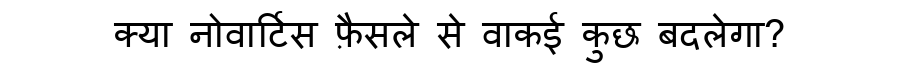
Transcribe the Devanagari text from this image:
क्या नोवार्टिस फ़ैसले से वाकई कुछ बदलेगा?